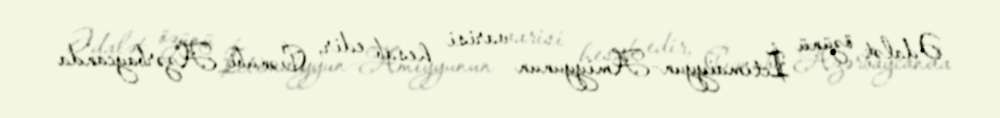
Ədalət özünü İctimaiyyun-Amiyyunun varisi hesab edir, Cənubi Azərbaycanda